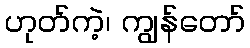
ဟုတ်ကဲ့၊ ကျွန်တော်